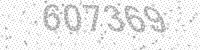
Solution: 607369